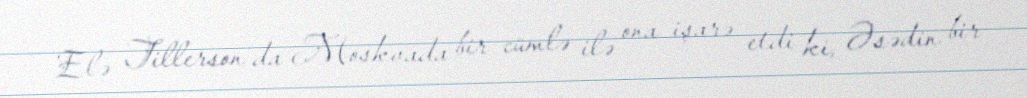
Elə Tillerson da Moskvada bir cümlə ilə ona işarə etdi ki, Əsədin bir